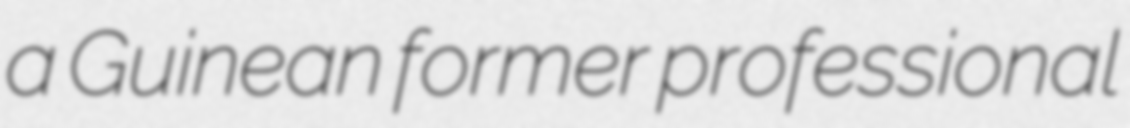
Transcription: a Guinean former professional